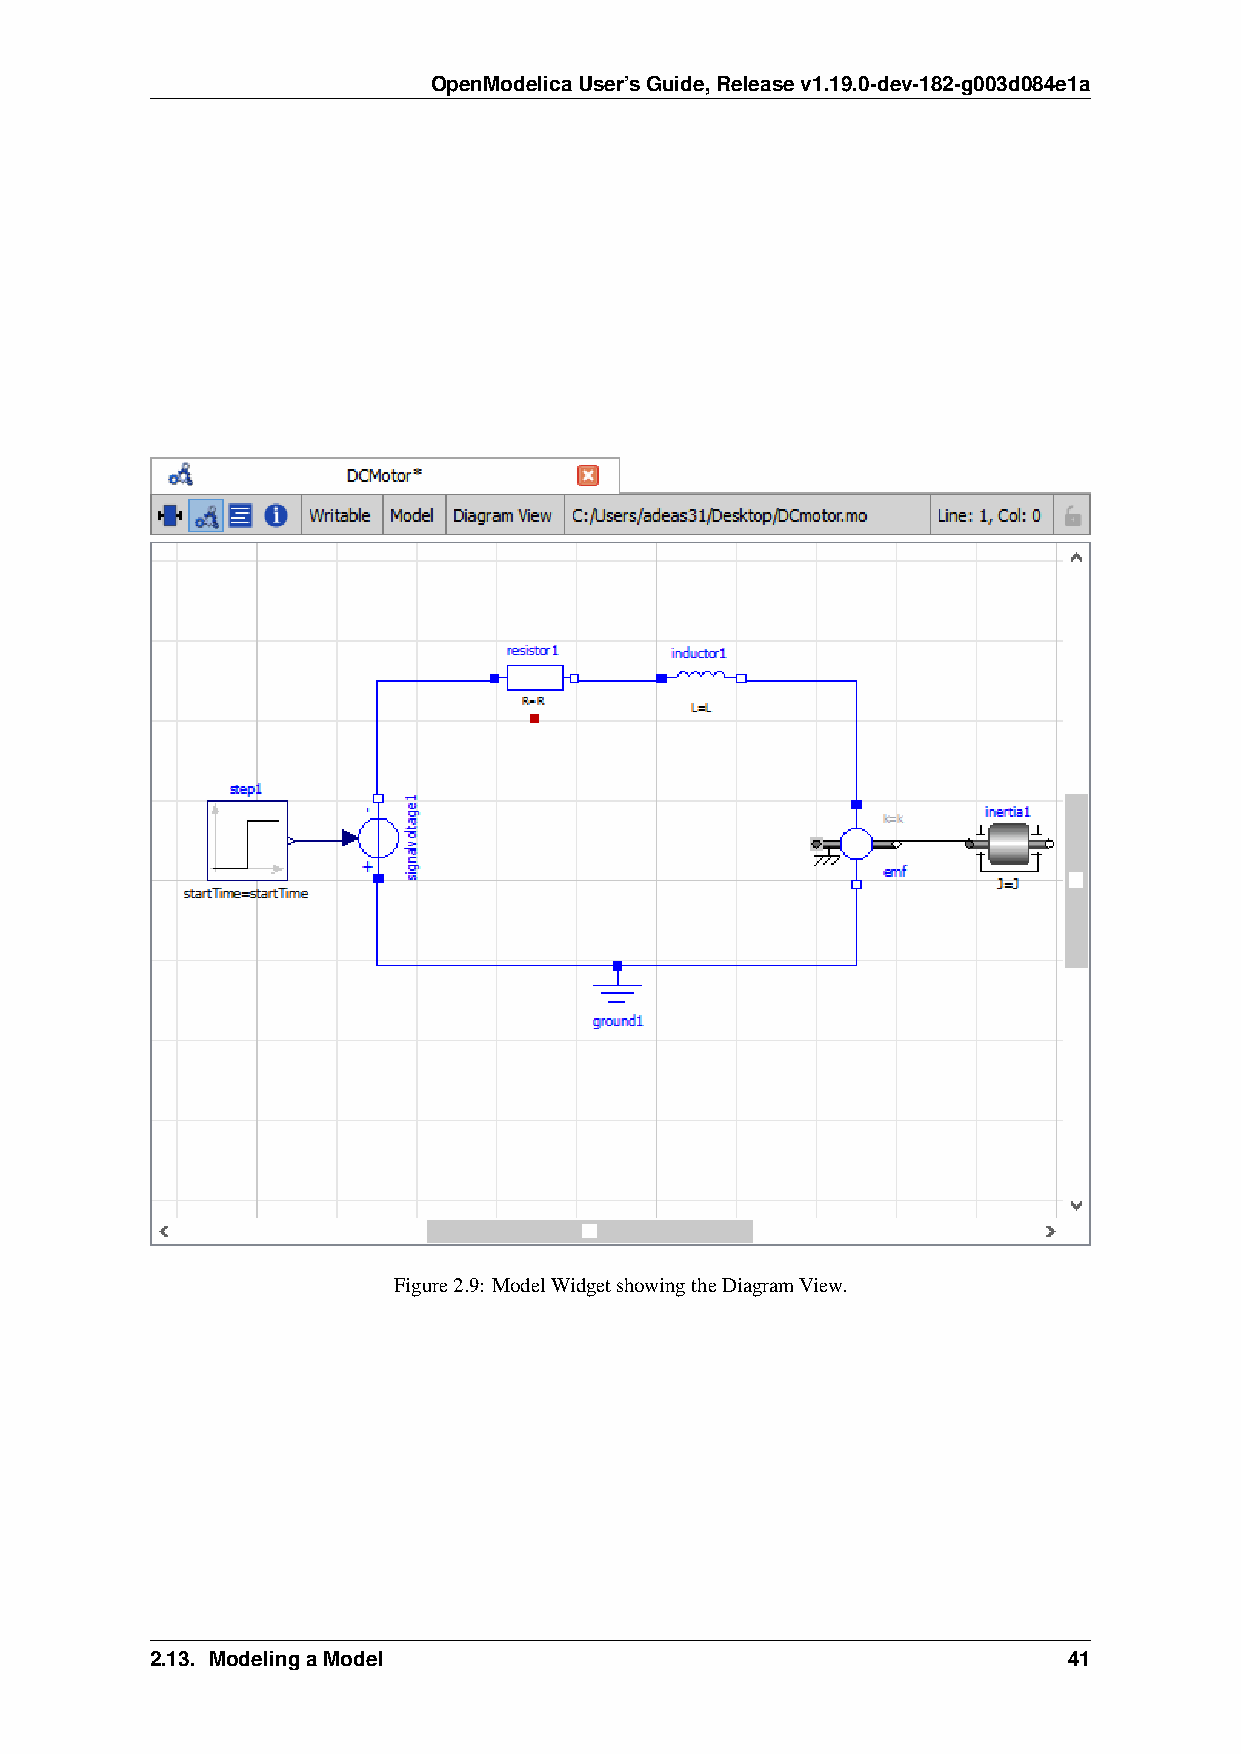
OpenModelicaUser’sGuide,Releasev1.19.0-dev-182-g003d084e1a
 Figure2.9: ModelWidgetshowingtheDiagramView.
 2.13. ModelingaModel                                         41